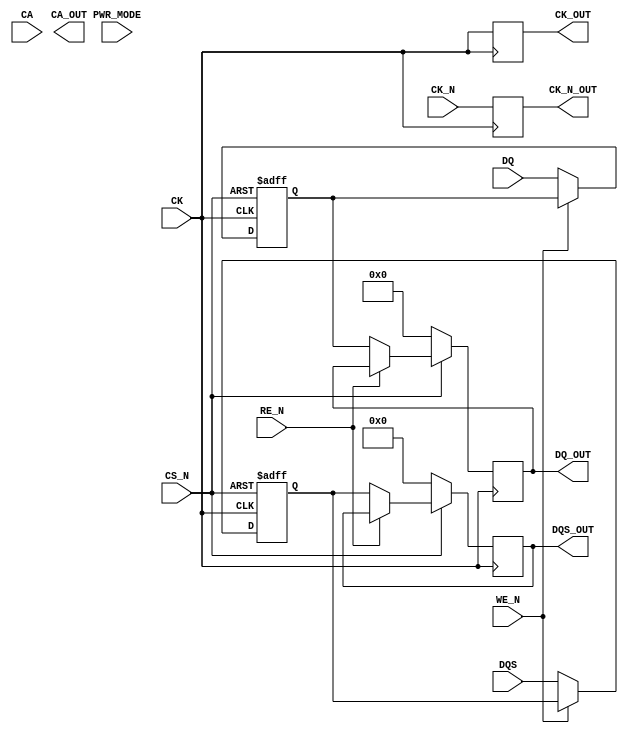
module LPDDR4_IO_Block (
    input wire [DQ_WIDTH-1:0] DQ,            // Data Lines
    input wire [DQS_WIDTH-1:0] DQS,          // Data Strobe
    input wire [CK_WIDTH-1:0] CK,            // Clock
    input wire [CK_WIDTH-1:0] CK_N,          // Inverted Clock
    input wire [CA_WIDTH-1:0] CA,            // Command/Address Lines
    input wire CS_N,                          // Chip Select
    input wire WE_N,                          // Write Enable
    input wire RE_N,                          // Read Enable
    input wire [DRAM_PWR_MODE-1:0] PWR_MODE, // Power Mode Control
    output reg [DQ_WIDTH-1:0] DQ_OUT,        // Output Data Lines
    output reg [DQS_WIDTH-1:0] DQS_OUT,      // Output Data Strobe
    output reg [CA_WIDTH-1:0] CA_OUT,        // Output Command/Address Lines
    output reg [CK_WIDTH-1:0] CK_OUT,        // Output Clock
    output reg [CK_WIDTH-1:0] CK_N_OUT       // Output Inverted Clock
);

parameter DQ_WIDTH = 64;        // Width of data bus
parameter DQS_WIDTH = 8;         // Width of data strobe
parameter CK_WIDTH = 1;          // Number of clock signals
parameter CA_WIDTH = 16;         // Width of command/address bus
parameter DRAM_PWR_MODE = 2;     // Number of power modes

// Internal signals
reg [DQ_WIDTH-1:0] data_buffer;
reg [CA_WIDTH-1:0] command_buffer;
reg [DQS_WIDTH-1:0] dqs_buffer;

// Input Buffers
always @(posedge CK or negedge CS_N) begin
    if (!CS_N) begin
        // Reset on chip select low
        data_buffer <= 0;
        command_buffer <= 0;
        dqs_buffer <= 0;
    end else if (!WE_N) begin
        // Write operation
        data_buffer <= DQ; // Capture input data
        command_buffer <= CA; // Capture command
        dqs_buffer <= DQS; // Capture DQS
    end
end

// Output Drivers
always @(posedge CK) begin
    if (!CS_N) begin
        DQ_OUT <= 0; // Disable output on chip select low
        DQS_OUT <= 0;
    end else if (!RE_N) begin
        DQ_OUT <= data_buffer; // Output data on read
        DQS_OUT <= dqs_buffer; // Output DQS
    end
end

// Clock Output
always @(posedge CK) begin
    CK_OUT <= CK; // Pass through clock
    CK_N_OUT <= CK_N; // Pass through inverted clock
end

// Power Management Logic (simplified)
always @(PWR_MODE) begin
    case (PWR_MODE)
        2'b00: begin
            // Active mode
            // Additional logic for active mode
        end
        2'b01: begin
            // Standby mode
            // Additional logic for standby mode
        end
        2'b10: begin
            // Self-refresh mode
            // Additional logic for self-refresh mode
        end
        default: begin
            // Default case
        end
    endcase
end

// Error Handling and Refresh Mechanism (simplified)
always @(posedge CK) begin
    // Implement parity check and refresh mechanism here as needed
end

endmodule